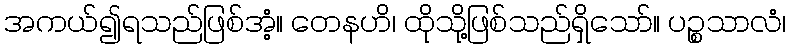
အကယ်၍ရသည်ဖြစ်အံ့။ တေနဟိ၊ ထိုသို့ဖြစ်သည်ရှိသော်။ ပဉ္စသာလံ၊